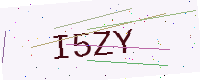
Text: I5ZY